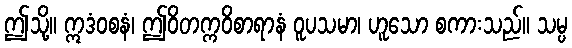
ဤသို့။ ဣဒံဝစနံ၊ ဤဝိတက္ကဝိစာရာနံ ဝူပသမာ၊ ဟူသော စကားသည်။ သမ္ပ